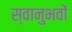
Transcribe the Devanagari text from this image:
स्वानुभवों